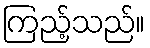
ကြည့်သည်။